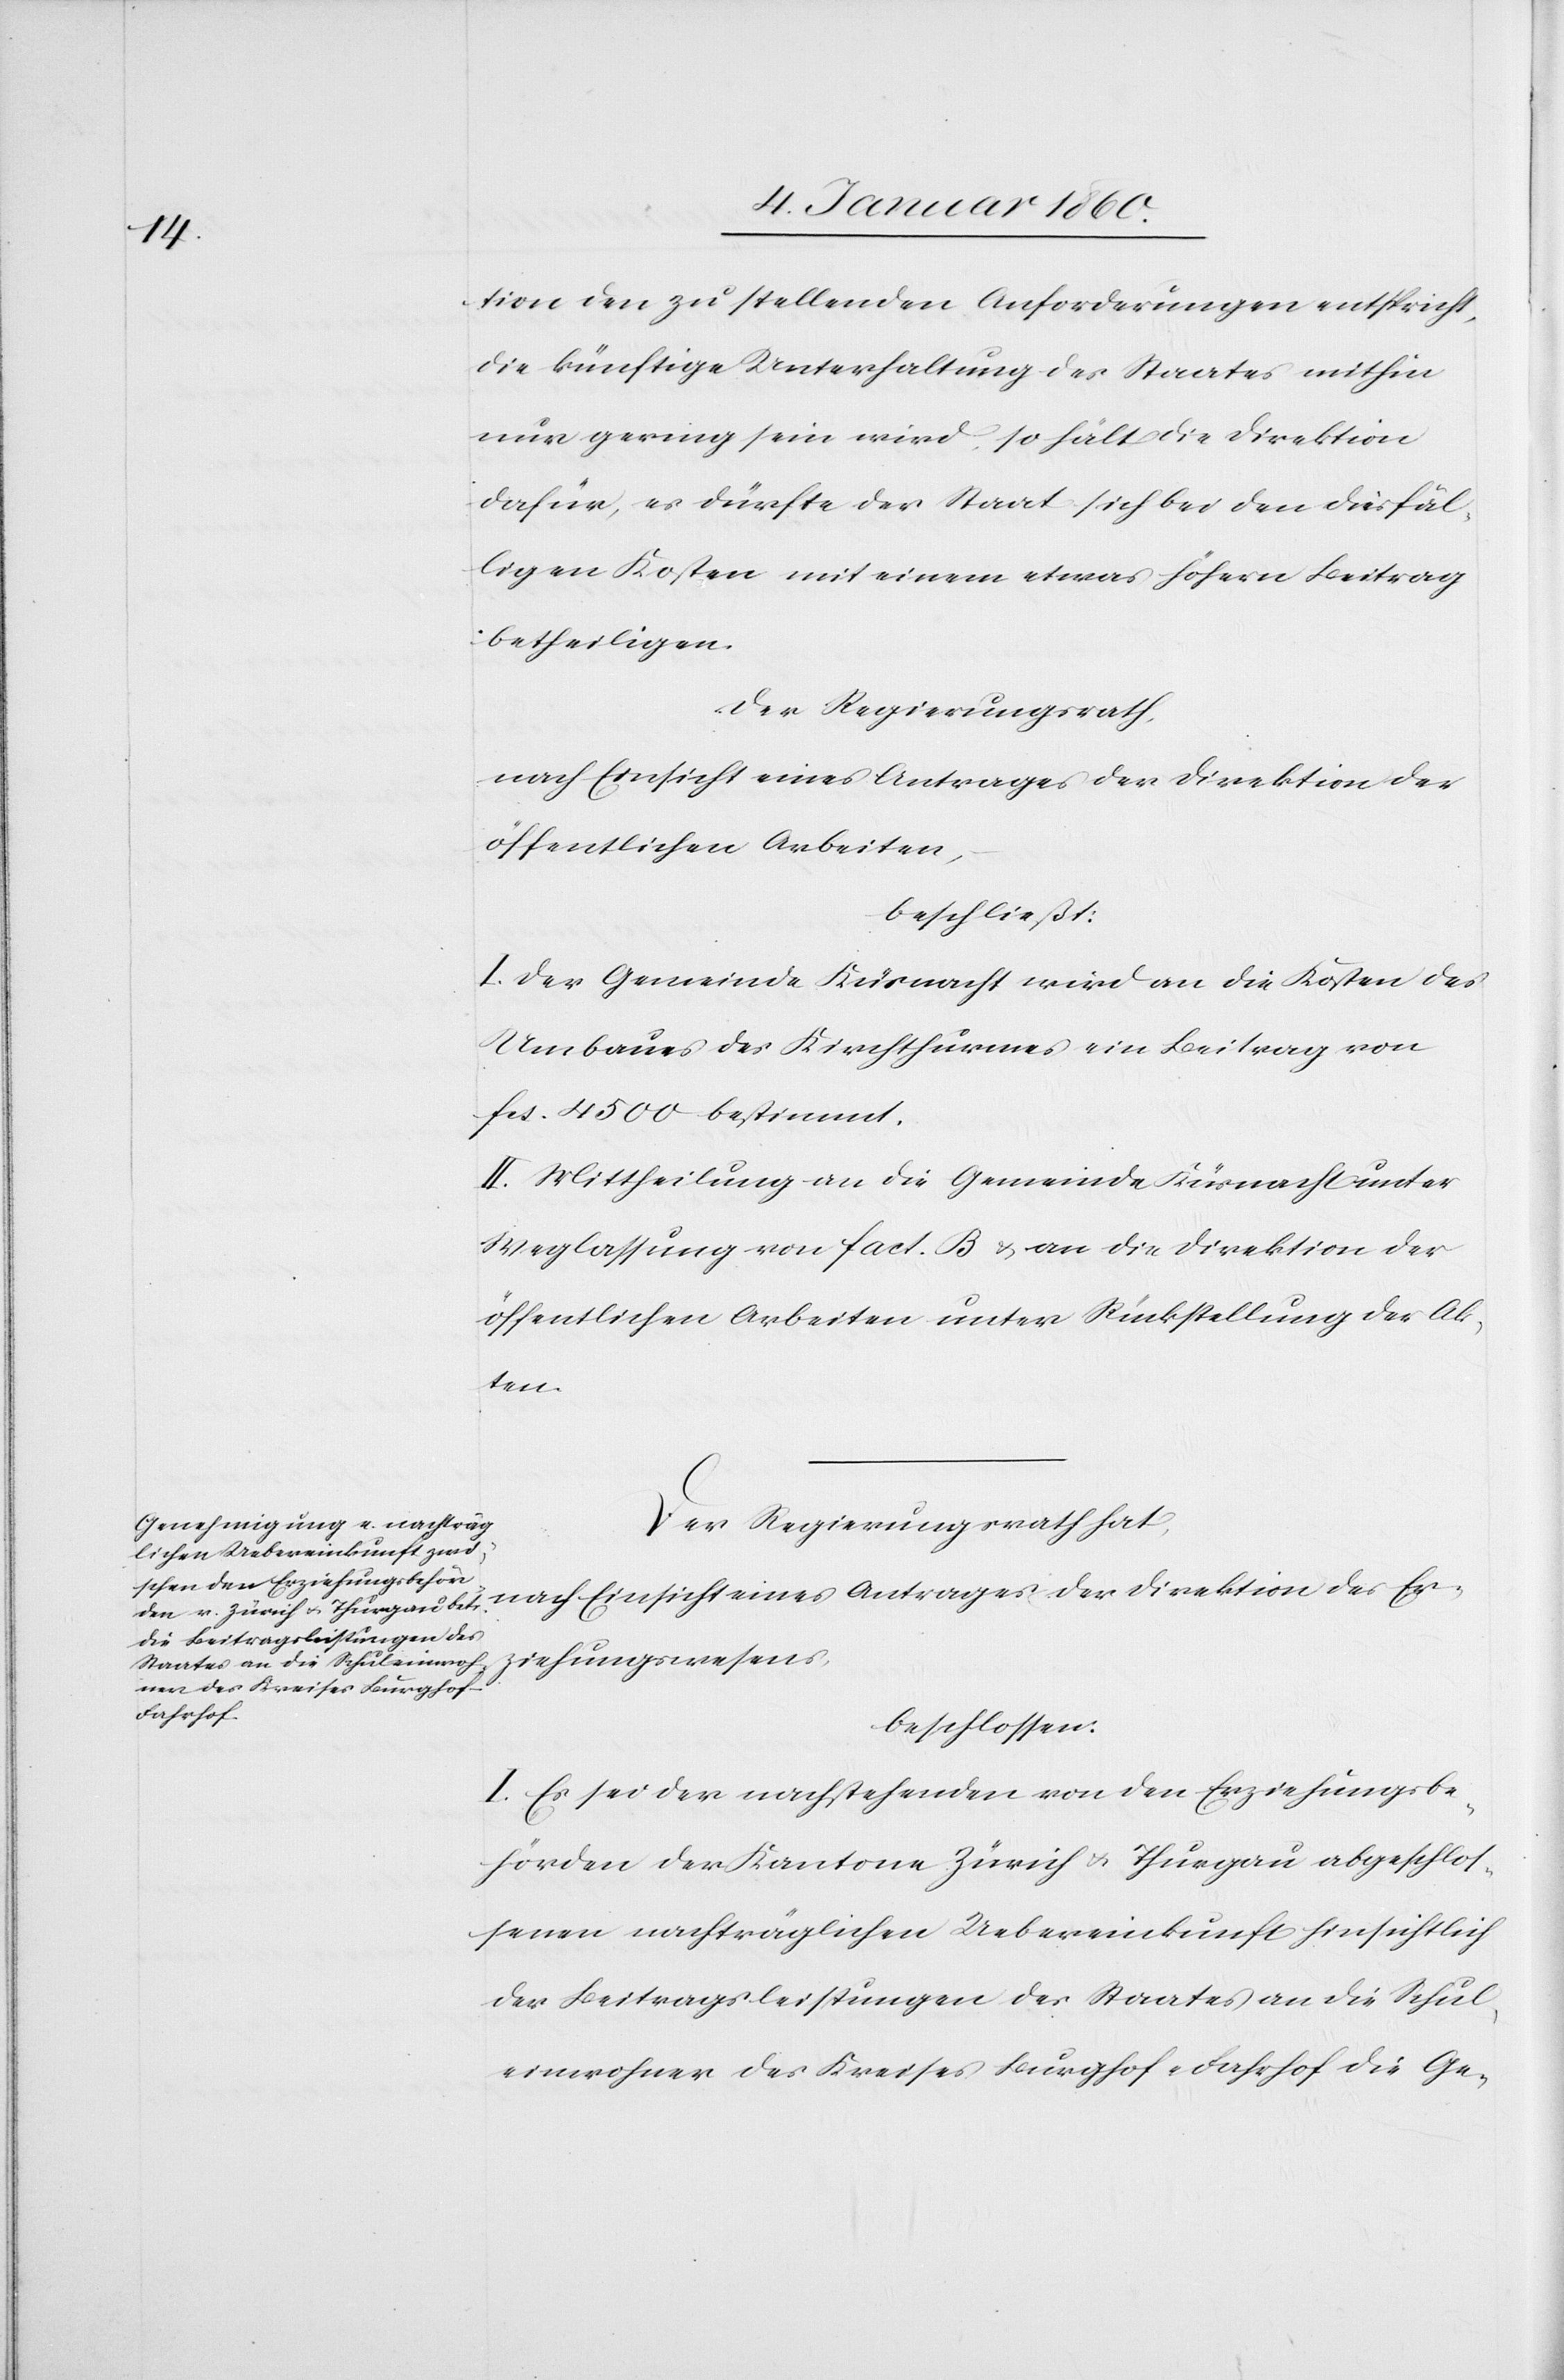
tion den zu stellenden Anforderungen entspricht,
die künftige Unterhaltung über Staates mithin
nur gering sein wird, so hält die Direktion
dafür, es dürfte der Staat sich den diesfäl¬
ligen Kosten mit einem etwas höhern Beitrag
betheiligen.
Der Regierungsrath,
nach Einsicht eines Antrages der Direktion des Er¬
öffentlichen Arbeiten,
beschließt:
I. Der Gemeinde Küsnacht wird an die Kosten des
Umbaues des Kirchthurmes ein Beitrag von
fcs. 4500. bestimmt.
II. Mittheilung an die Gemeinde Küsnacht unter
Weglassung von Fact. B. u. an die Direktion der
öffentlichen Arbeiten unter Rückstellung der Ak¬
ten.
Der Regierungsrath hat
ziehungswesens
beschlossen:
I. Es sei der nachstehenden von den Erziehungsbe¬
hörden der Kantone Zürich u. Thurgau abgeschlos¬
senen nachträglichen Uebereinkunft hinsichtlich
der Beitragsleistungen des Staates an die Schul¬
einwohner des Kreises Burghof-Fahrhof die Ge-